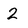
Character: 2